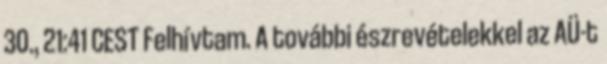
30., 21:41 CEST Felhívtam. A további észrevételekkel az AÜ-t